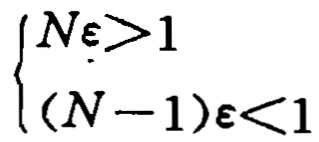
\[
\begin{cases}
N\varepsilon>1 \\
(N - 1)\varepsilon<1
\end{cases}
\]